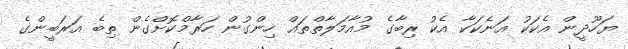
ޔަހޫދީން އެކަކު އަނެކަކާ އެކު ރިބާގެ މުއާމަލާތްތައް ހިންގުން ހަރާމްކޮށްގެން ތިބެ އަރަބީންގެ